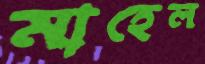
মাহেল